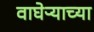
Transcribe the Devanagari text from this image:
वाघेऱ्याच्या